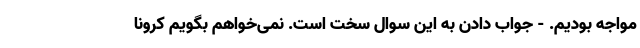
مواجه بودیم. - جواب دادن به این سوال سخت است. نمی‌خواهم بگویم کرونا